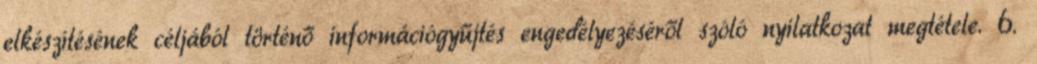
elkészítésének céljából történő információgyűjtés engedélyezéséről szóló nyilatkozat megtétele. 6.